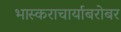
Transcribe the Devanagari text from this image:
भास्कराचार्याबरोबर